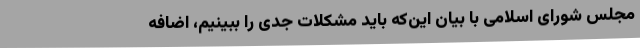
مجلس شورای اسلامی با بیان این‌که باید مشکلات جدی را ببینیم، اضافه